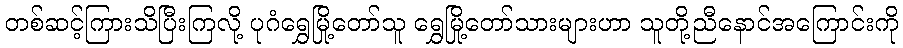
တစ်ဆင့်ကြားသိပြီးကြလို့ ပုဂံရွှေမြို့တော်သူ ရွှေမြို့တော်သားများဟာ သူတို့ညီနောင်အကြောင်းကို